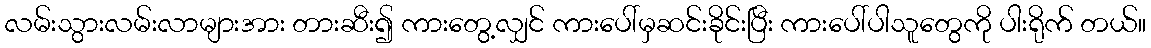
လမ်းသွားလမ်းလာများအား တားဆီး၍ ကားတွေ့လျှင် ကားပေါ်မှဆင်းခိုင်းပြီး ကားပေါ်ပါသူတွေကို ပါးရိုက် တယ်။